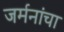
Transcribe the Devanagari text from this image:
जर्मनांचा